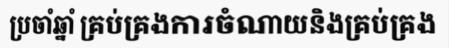
ប្រចាំឆ្នាំ គ្រប់គ្រងការចំណាយនិងគ្រប់គ្រង